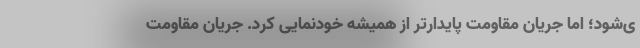
ی‌‌شود؛ اما جریان مقاومت پایدارتر از همیشه خودنمایی کرد. جریان مقاومت